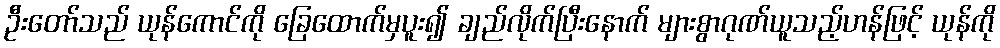
ဦးတော်သည် ယုန်ကောင်ကို ခြေထောက်မှပူး၍ ချည်လိုက်ပြီးနောက် များစွာဂုဏ်ယူသည့်ဟန်ဖြင့် ယုန်ကို